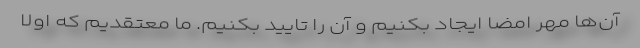
آن‌ها مهر امضا ایجاد بکنیم و آن را تایید بکنیم. ما معتقدیم که اولاً